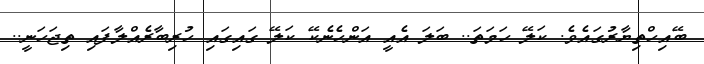
ބޭއިހްތިޔާރުގައެވެ. ކަލޭ ހަމަތަ.. ބަލަ އެއީ އަންހެނެކޭ ކަލޭ ގައިގައި ހުރިބާރެއްލާފައި ތިޖަހަނީ..